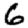
Digit: 6